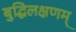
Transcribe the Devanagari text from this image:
बुद्धिलक्षणम्‌